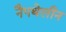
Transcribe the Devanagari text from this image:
नैपथेलीन